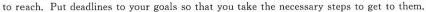
to reach.Put deadlines to your goals so that you take the necessary steps to get to them.